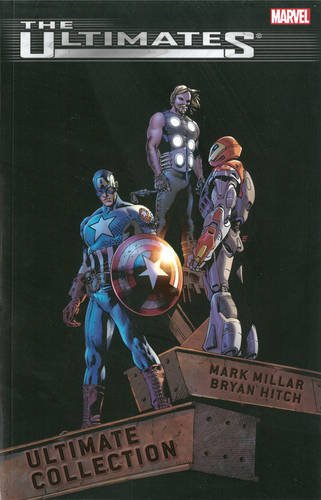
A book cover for The Ultimates: Ultimate Collection; Mark Millar; Comics & Graphic Novels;